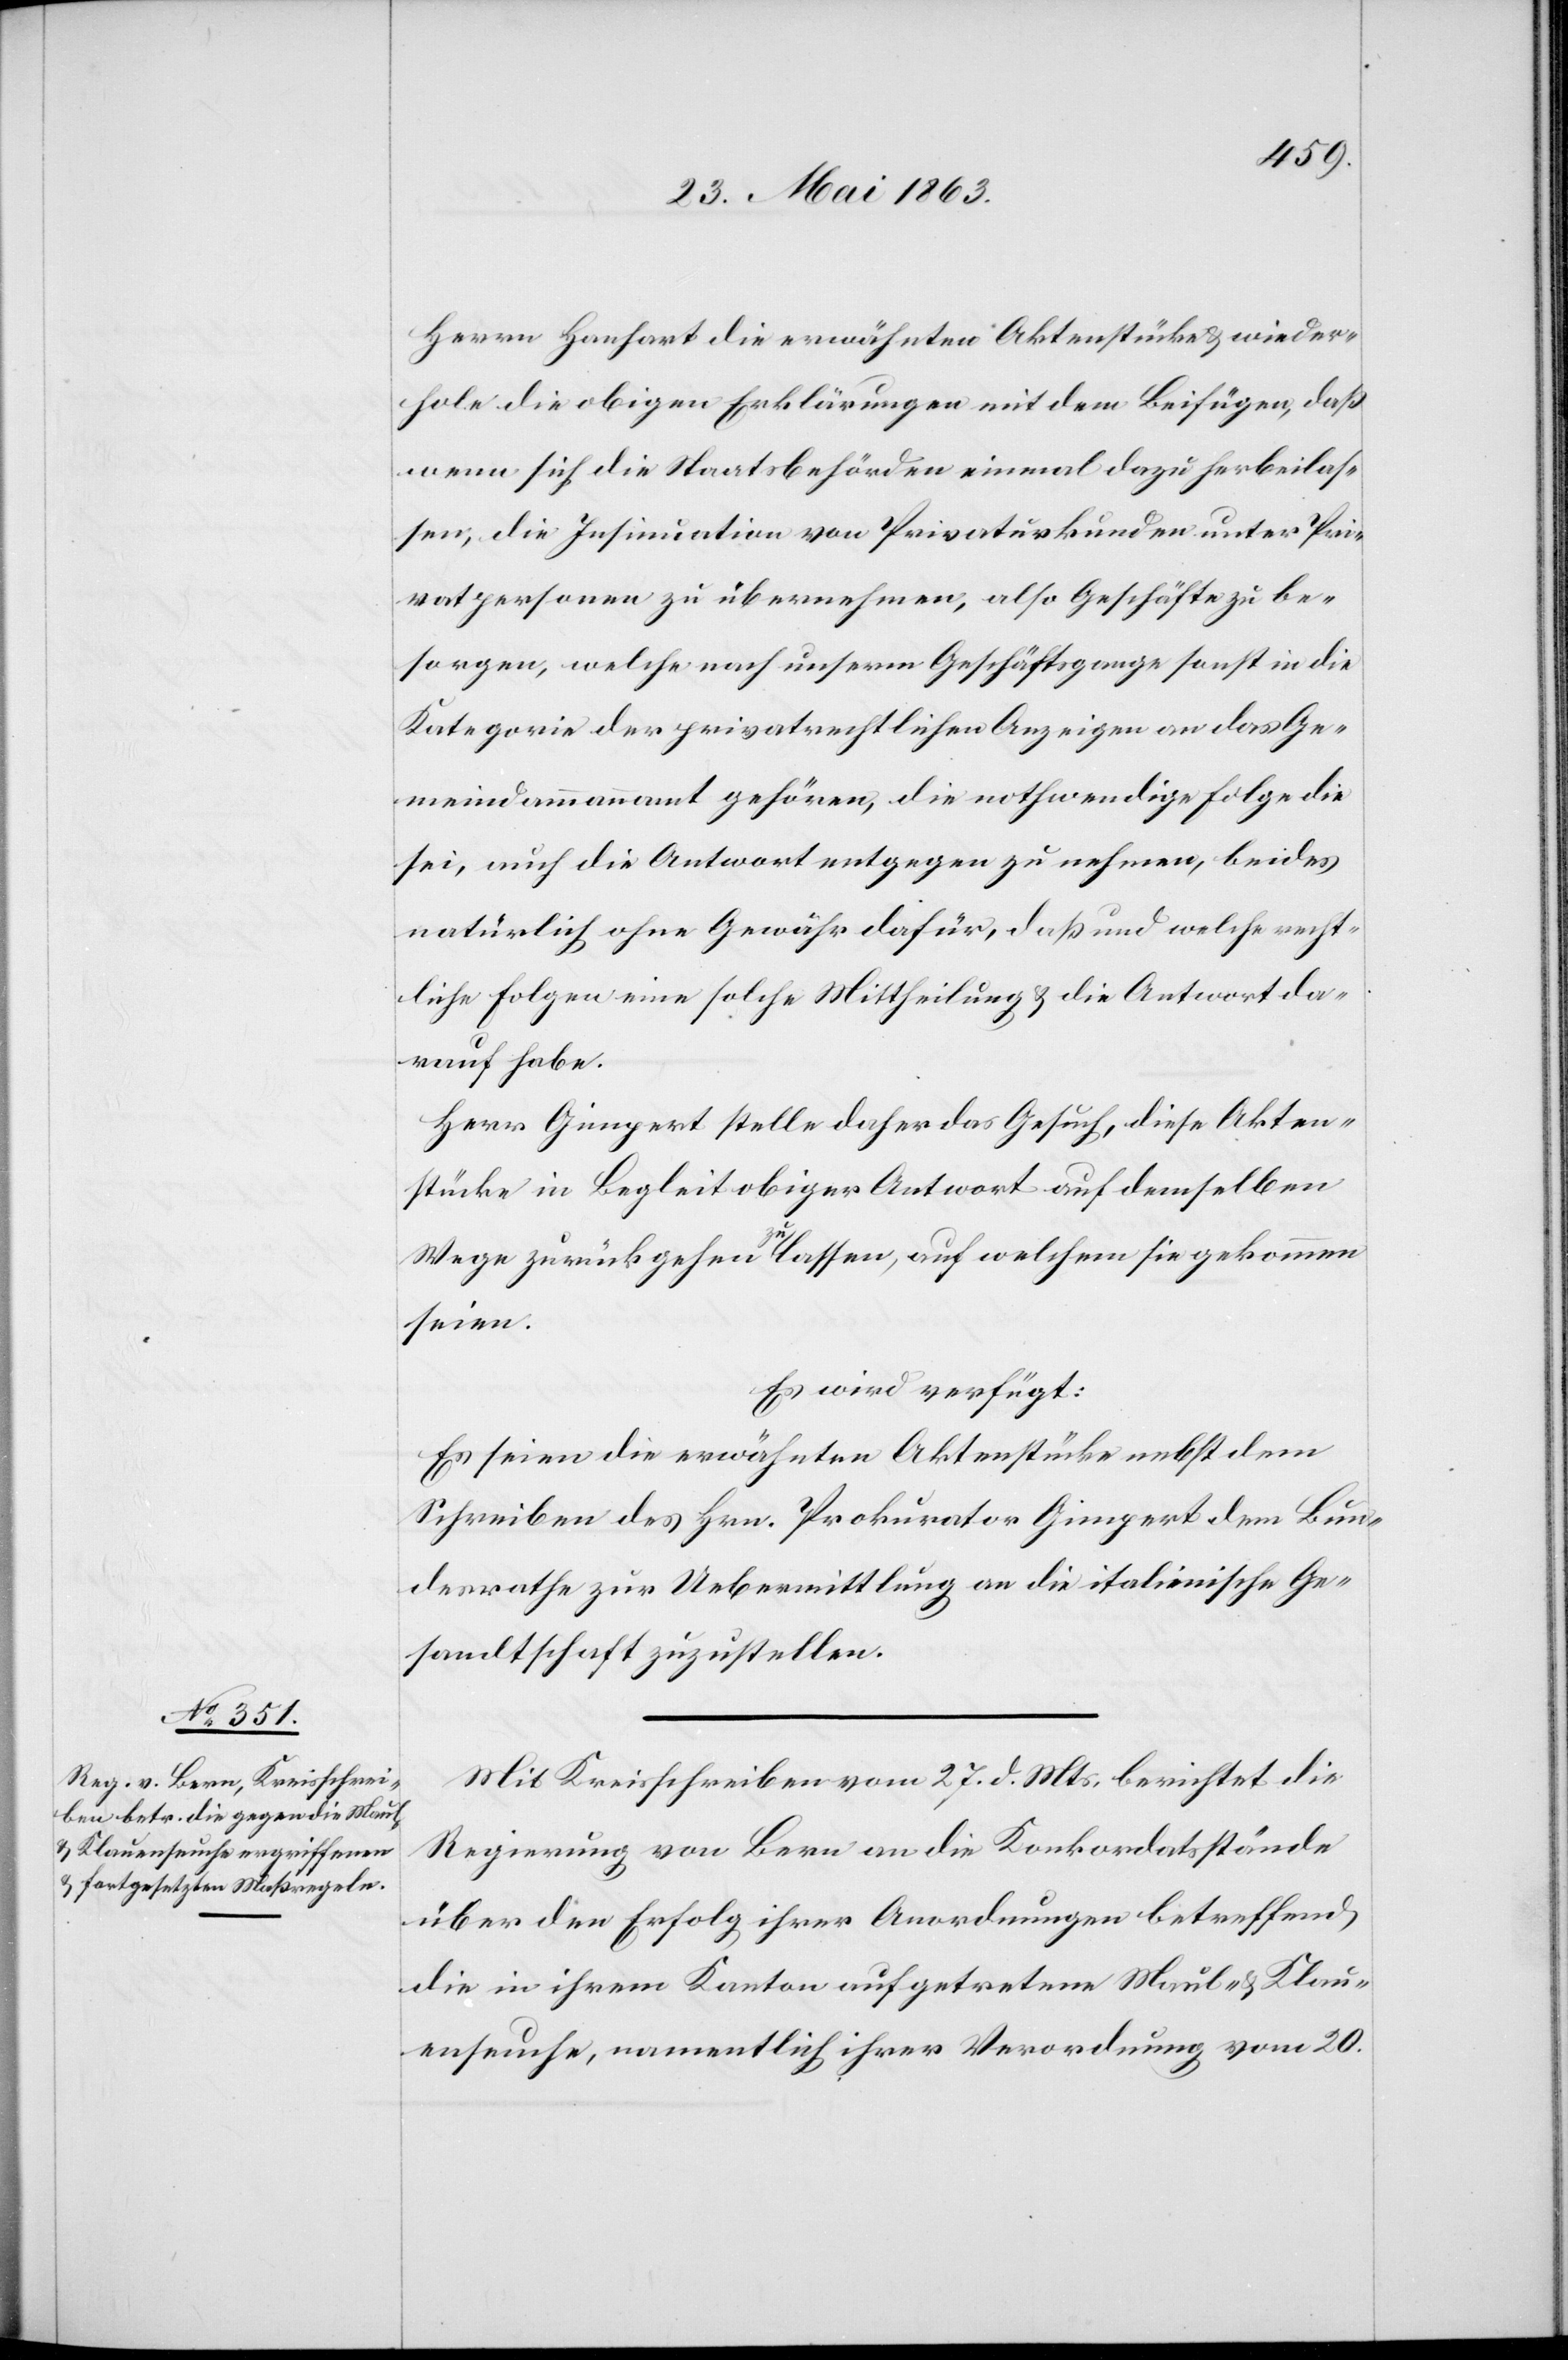
29. Mai 1863.]
Herrn Hanhart die erwähnten Aktenstücke & wieder¬
hole die obigen Erklärungen mit dem Beifügen, daß
wenn sich die Staatsbehörden einmal dazu herbeilas¬
sen, die Insinuation von Privaturkunden unter Pri¬
vatpersonen zu übernehmen, also Geschäfte zu be¬
sorgen, welche nach unserm Geschäftsgange sonst in die
Kategorie der privatrechtlichen Anzeigen an das Ge¬
meindammannamt gehören, die nothwendige Folge die
sei, auch die Antwort entgegen zu nehmen, beides
natürlich ohne Gewähr dafür, daß und welche recht¬
liche Folgen eine solche Mittheilung & die Antwort da¬
rauf habe.
Herr Gimpert stelle daher das Gesuch, diese Akten¬
stücke in Begleit obiger Antwort auf demselben
Wege zurück gehen zu lassen, auf welchem sie gekommen
seien.
Es wird verfügt:
Es seien die erwähnten Aktenstücke nebst dem
Schreiben des Hrn. Prokurator Gimpert dem Bun¬
desrathe zur Uebermittlung an die italienische Ge¬
sandtschaft zuzustellen.
Mit Kreisschreiben vom 27. d. Mts. berichtet die
Regierung von Bern an die Konkordatsstände
über den Erfolg ihrer Anordnungen betreffend
die in ihrem Kanton aufgetretene Maul- & Klau¬
enseuche, namentlich ihrer Verordnung vom 20.